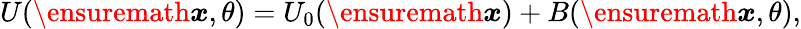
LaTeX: U(\ensuremath{\boldsymbol{{x}}},\theta)=U_{0}(\ensuremath{\boldsymbol{{x}}})+B(\ensuremath{\boldsymbol{{x}}},\theta),